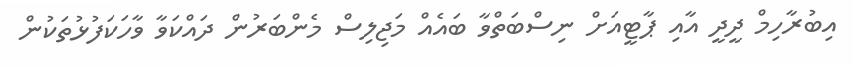
އިބުރާހިމް ދީދީ އާއި ޕާޓީއަށް ނިސްބަތްވާ ބައެއް މަޖިލިސް މެންބަރުން ދައްކަވާ ވާހަކަފުޅުތަކުން